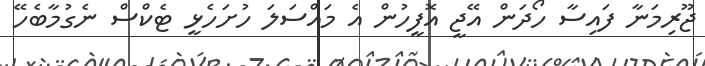
ޖޫރިމަނާ ފައިސާ ހޯދަން އޭޖީ އޮފީހުން އެ މައްސަލަ ހުށަހެޅީ ޓެކްސް ނެގުމާބެހޭ